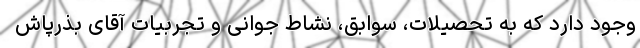
وجود دارد که به تحصیلات، سوابق، نشاط جوانی و تجربیات آقای بذرپاش